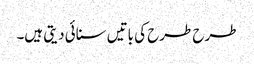
طرح طرح کی باتیں سنائی دیتی ہیں۔